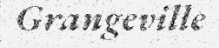
Grangeville